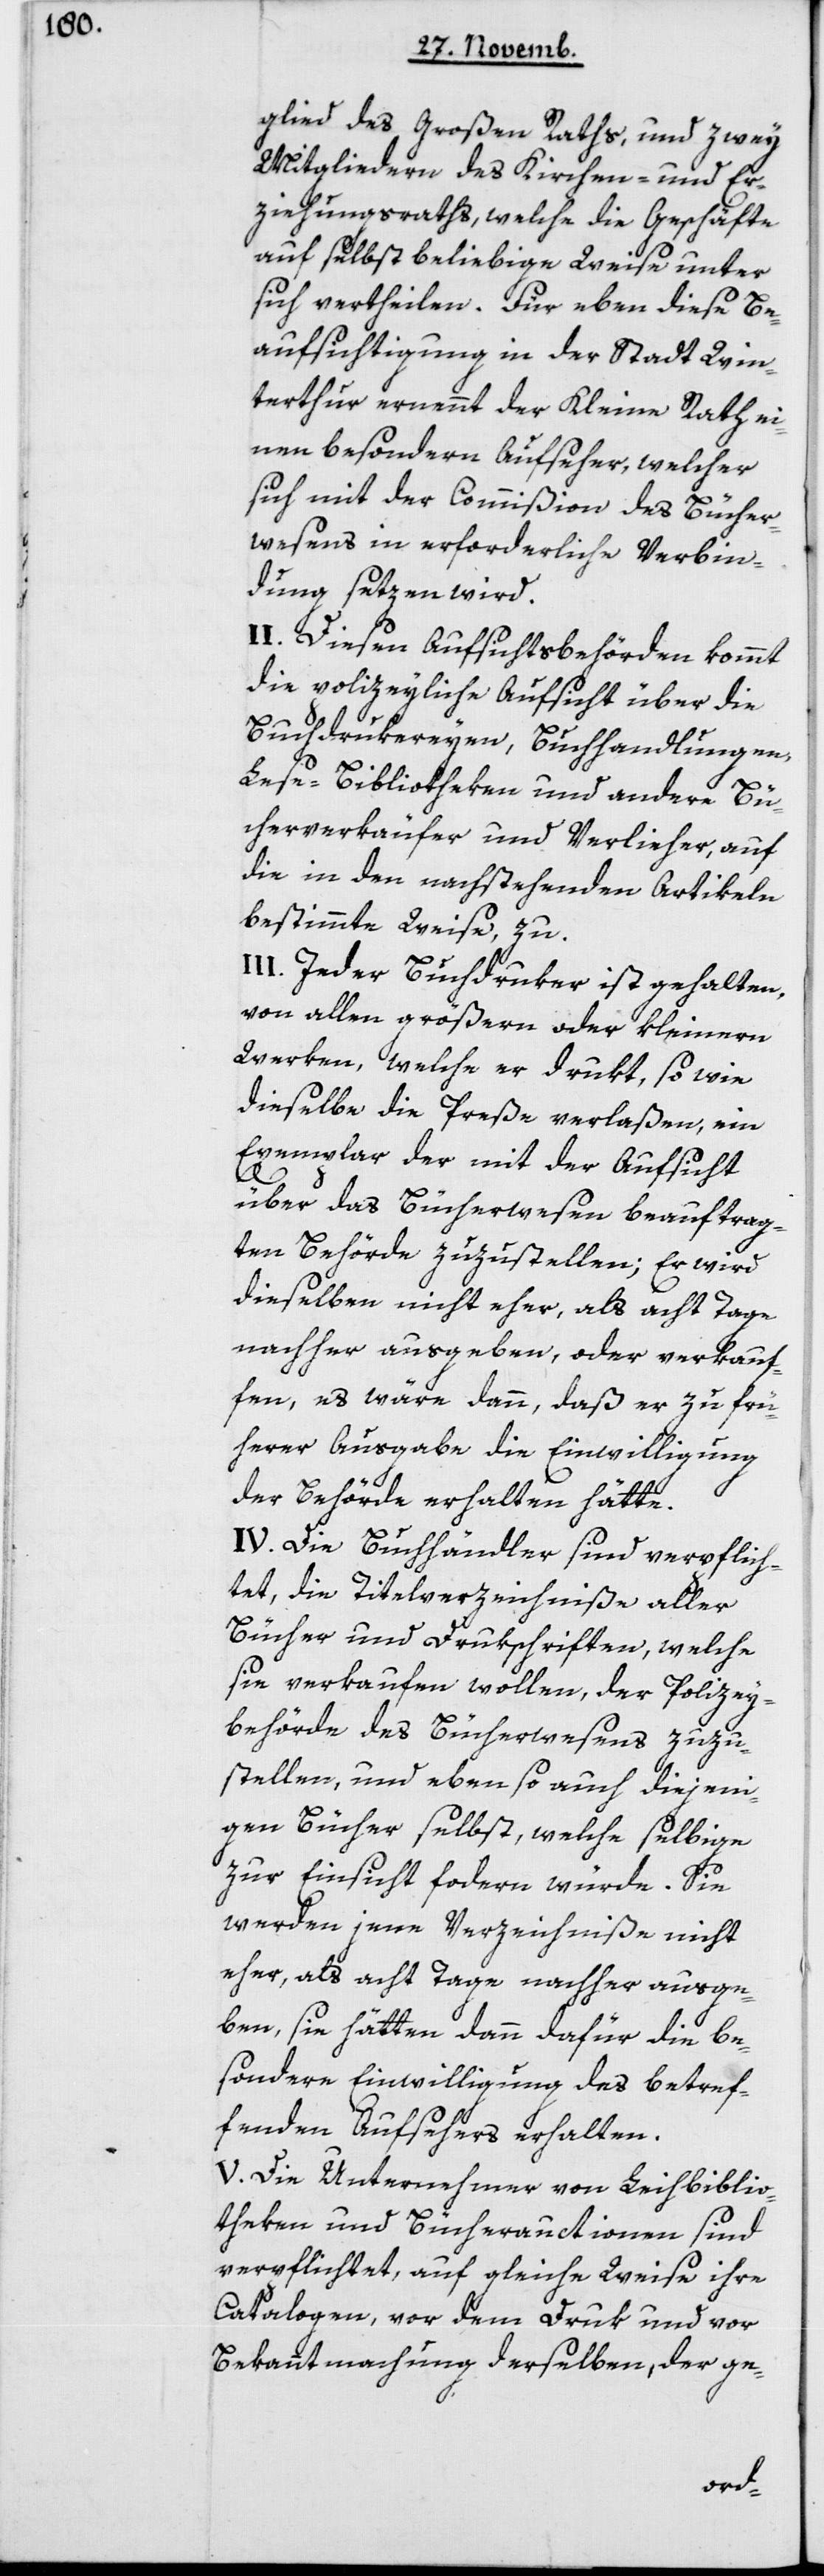
glied des Großen Raths und zwey
Mitgliedern des Kirchen- und Er¬
ziehungsraths, welche die Geschäfte
auf selbst beliebige Weise unter
sich vertheilen. Für eben diese Be¬
aufsichtigung in der Stadt Win¬
terthur ernennt der Kleine Rath ei¬
nen besondern Aufseher, welcher
sich mit der Commißion des Bücher¬
wesens in erforderliche Verbin¬
dung setzen wird.
II. Diesen Aufsichtsbehörden kommt
die polizeyliche Aufsicht über die
Buchdrukereyen, Buchhandlungen,
Lese-Bibliotheken und andere Bü¬
cherverkäufer und Verlieher, auf
die in den nachstehenden Artikeln
bestimmte Weise zu.
III. Jeder Buchdruker ist gehalten,
von allen größern oder kleinern
Werken, welche er drukt, so wie
dieselbe die Preße verlaßen, ein
Exemplar der mit der Aufsicht
über das Bücherwesen beauftrag¬
ten Behörde zuzustellen; er wird
dieselben nicht eher, als acht Tage
nachher ausgeben oder verkauf¬
en, es wäre dann, daß er zu frü¬
herer Ausgabe die Einwilligung
der Behörde erhalten hätte.
IV. Die Buchhändler sind verpflich¬
tet, die Titelverzeichniße aller
Bücher und Drukschriften, welche
sie verkaufen wollen, der Polizey¬
behörde des Bücherwesens zuzu¬
stellen, und ebenso auch diejeni¬
gen Bücher selbst, welche selbige
zur Einsicht fordern würde. Sie
werden jene Verzeichniße nicht
eher, als acht Tage nachher ausge¬
ben, sie hätten dann dafür die be¬
sondere Einwilligung des betref¬
fenden Aufsehers erhalten.
V. Die Unternehmer von Leihbiblio¬
theken und Bücherauctionen sind
verpflichtet, auf gleiche Weise ihre
Catalogen, vor dem Druk und vor
Bekanntmachung derselben, der ge-